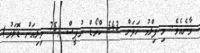
ވާނެއެވެ. މި ފިލްމު ހަދަން 543 ކްރޯޑް ރުޕީސް (75 މިލިއަން ޑޮލަރު)